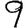
Digit: 9